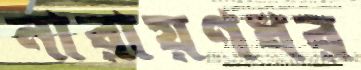
নারায়ণধর